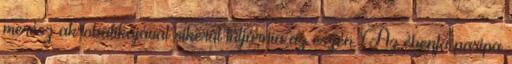
merész akrobatikájával sikerül túljárnia az eszén. Az ébenfa paripa